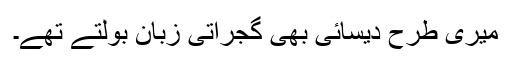
میری طرح دیسائی بھی گجراتی زبان بولتے تھے۔